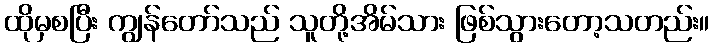
ထိုမှစပြီး ကျွန်တော်သည် သူတို့အိမ်သား ဖြစ်သွားတော့သတည်း။